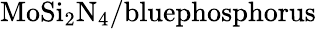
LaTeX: \mathrm{MoSi_{2}N_{4}/bluephosphorus}